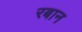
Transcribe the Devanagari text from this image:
रबान